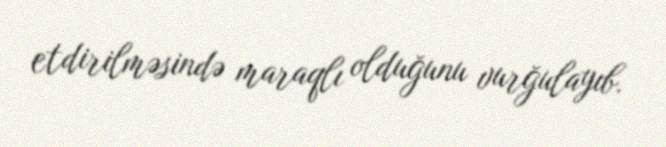
etdirilməsində maraqlı olduğunu vurğulayıb.